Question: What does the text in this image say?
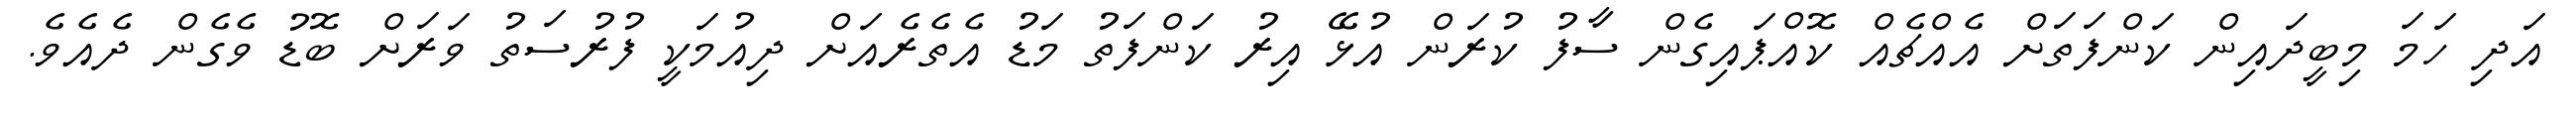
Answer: އަދި ހަމަ މިބީދައިން ކަންފަތަށް އެއްޗެއް ކޮއްޕައިގެން ސާފު ކުރަން އުޅޭ އިރު ކަންފަތު މަޑު އެތެރެއަށް ދިއުމަކީ ފުރުސަތު ވަރަށް ބޮޑު ވެގެން ދެއެވެ.